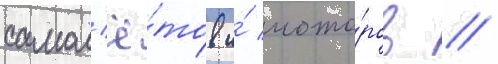
самол'ё́тов и́ мото́ров /